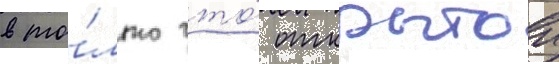
в то́лько что́ открытои